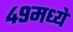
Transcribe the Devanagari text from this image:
४९मध्ये